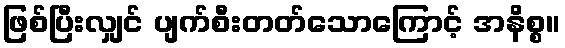
ဖြစ်ပြီးလျှင် ပျက်စီးတတ်သောကြောင့် အနိစ္စ။